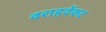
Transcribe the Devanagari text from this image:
वराहवेंकट